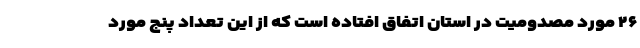
۲۶ مورد مصدومیت در استان اتفاق افتاده است که از این تعداد پنج مورد